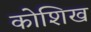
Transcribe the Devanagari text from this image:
कोशिख